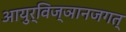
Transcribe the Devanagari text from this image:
आयुर्विज्ञानजगत्